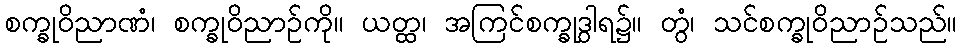
စက္ခုဝိညာဏံ၊ စက္ခုဝိညာဉ်ကို။ ယတ္ထ၊ အကြင်စက္ခုဒွါရ၌။ တွံ၊ သင်စက္ခုဝိညာဉ်သည်။